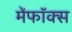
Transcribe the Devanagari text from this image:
मेंफॉक्स